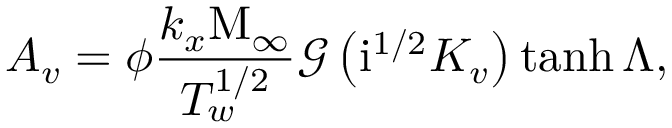
A _ { v } = \phi \frac { k _ { x } \mathrm { M } _ { \infty } } { T _ { w } ^ { 1 / 2 } } \mathcal { G } \left( \mathrm { i } ^ { 1 / 2 } K _ { v } \right) \operatorname { t a n h } { \Lambda } ,